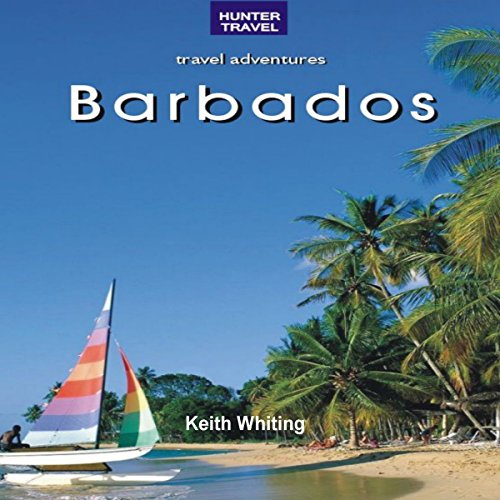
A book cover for Barbados: Travel Adventures; Keith Whiting; Travel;